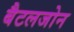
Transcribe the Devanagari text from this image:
बैटलजोन